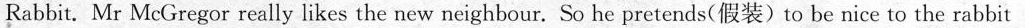
Rabbit. Mr McGregor really likes the new neighbour. So he pretends(假装)to be nice to the rabbit